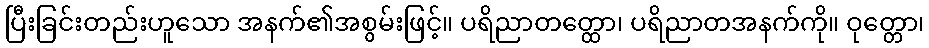
ပြီးခြင်းတည်းဟူသော အနက်၏အစွမ်းဖြင့်။ ပရိညာတတ္ထော၊ ပရိညာတအနက်ကို။ ဝုတ္တော၊